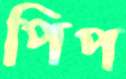
পিপ